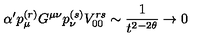
\alpha ^ { \prime } p _ { \mu } ^ { ( r ) } G ^ { \mu \nu } p _ { \nu } ^ { ( s ) } V _ { 0 0 } ^ { r s } \sim { \frac { 1 } { t ^ { 2 - 2 \theta } } } \to 0